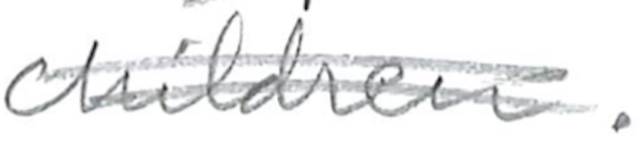
Text: children.
Cross-out: double-line
Writing tool: pencil